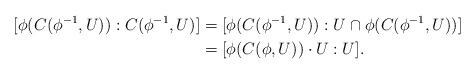
LaTeX: \begin{align*}[\phi(C(\phi^{-1},U)):C(\phi^{-1},U)]&=[\phi(C(\phi^{-1},U)):U\cap \phi(C(\phi^{-1},U))]\\&=[\phi(C(\phi,U))\cdot U:U].\end{align*}